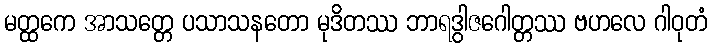
မတ္ထကေ အာသတ္တေ ပသာသနတော မုဒိတဿ ဘာရဒွါဇဂေါတ္တဿ ဗဟလေ ဂါဝုတံ